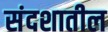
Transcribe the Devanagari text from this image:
संदशातील